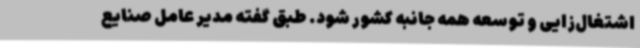
اشتغال‌زایی و توسعه همه جانبه کشور شود. طبق گفته مدیر عامل صنایع